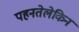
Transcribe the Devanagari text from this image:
पहनतेलेकिन